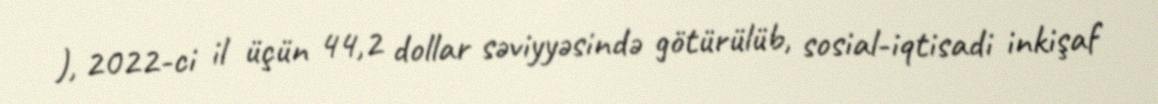
), 2022-ci il üçün 44,2 dollar səviyyəsində götürülüb, sosial-iqtisadi inkişaf